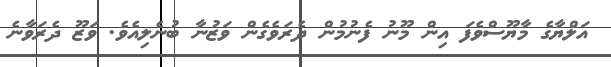
އަލްޔާގެ މާޔޫސްވެފަ އިން މޫނު ފެނުމުން ދެރަވެގެން ވަޒުނާ ބުނެލިއެވެ. ވަޒޫ ދެރަވާނެ